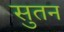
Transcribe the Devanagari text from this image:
सुतन